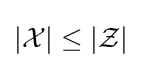
|{\mathcal {X}}|\leq |{\mathcal {Z}}|